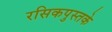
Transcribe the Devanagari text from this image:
रसिकपुस्तके